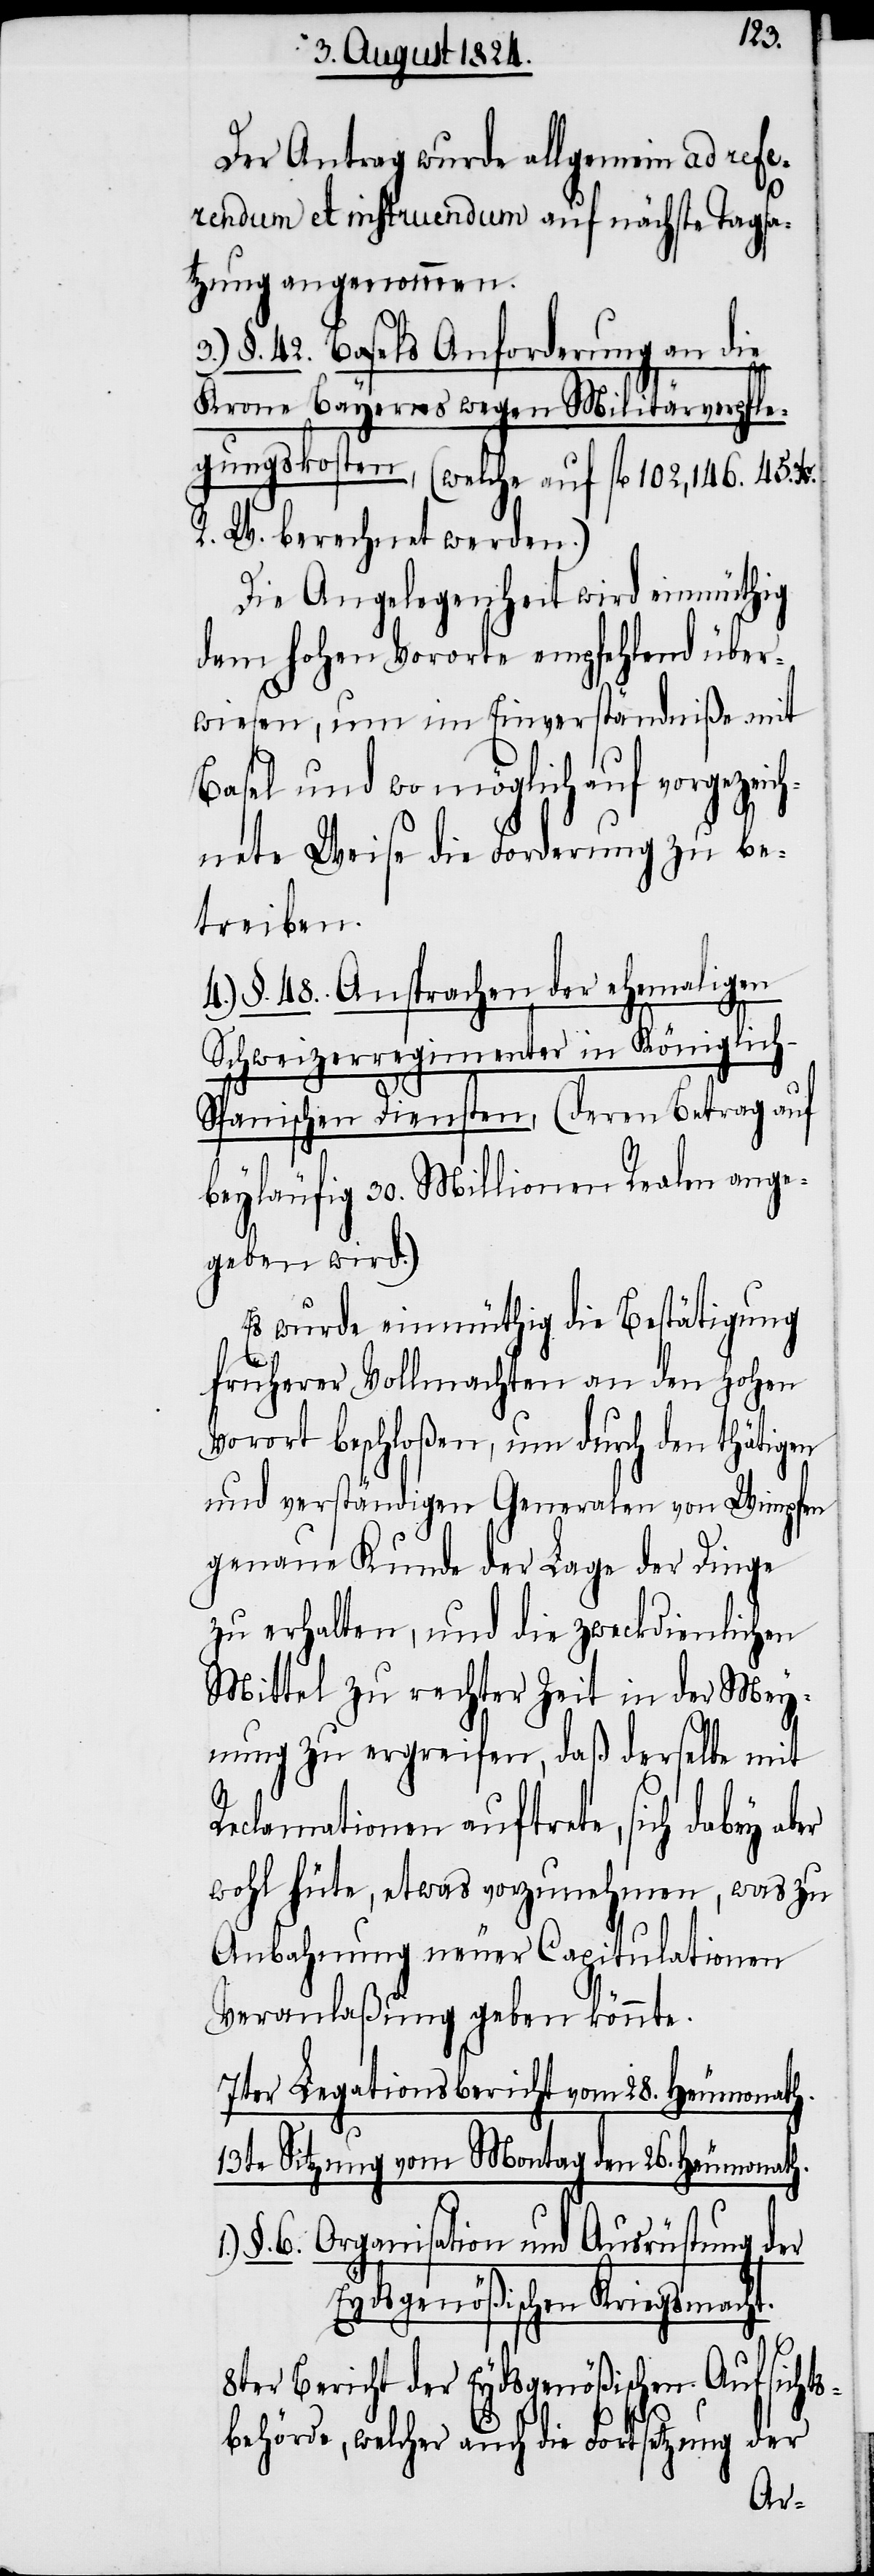
Der Antrag wurde allgemein ad refer¬
endum et instruendum auf nächste Tagsa¬
tzung angenommen.
3.) §. 42. Basels Anforderung an die
Krone Bayerns wegen Militärverpfle¬
gungskosten, (welche auf fl. 102,146. 45. Xr.
R. W. berechnet werden.)
Die Angelegenheit wird einmüthig
dem hohen Vororte empfehlend über¬
wiesen, um im Einverständniße mit
Basel und womöglich auf vorgezeic¬
hnete Weise die Forderung zu be¬
treiben.
4.) §. 48. Ansprachen der ehemaligen
Schweizerregimenter in Königlic¬
h-Spanischen Diensten, (deren Betrag auf
beyläufig 30. Millionen Realen ange¬
geben wird.)
Es wurde einmüthig die Bestätigung
früherer Vollmachten an den Hohen
Vorort beschloßen, um durch den thätigen
und verständigen Generalen von Wimpfen
genaue Kunde der Lage der Dinge
zu erhalten, und die zweckdienlichen
Mittel zu rechter Zeit in der Mey¬
nung zu ergreifen, daß derselbe mit
Reclamationen auftrete, sich dabey a¬
wohl hüte, etwas vorzunehmen, was zu
Anbahnung neuer Capitulationen
Veranlaßung geben könnte.
7ter Legationsbericht vom 28. Heumonath.
13te Sitzung vom Montag den 26. Heumonath.
§. 6. Organisation und Ausrüstung der
Eydsgenößischen Kriegsmacht.
ts¬
Der Bericht der Eydsgenößischen Auf¬
der
behörde, welcher auch die Fortsetzung